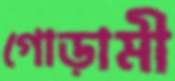
গোড়ামী